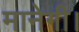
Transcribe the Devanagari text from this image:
मानेगी।